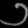
Digit: ၁